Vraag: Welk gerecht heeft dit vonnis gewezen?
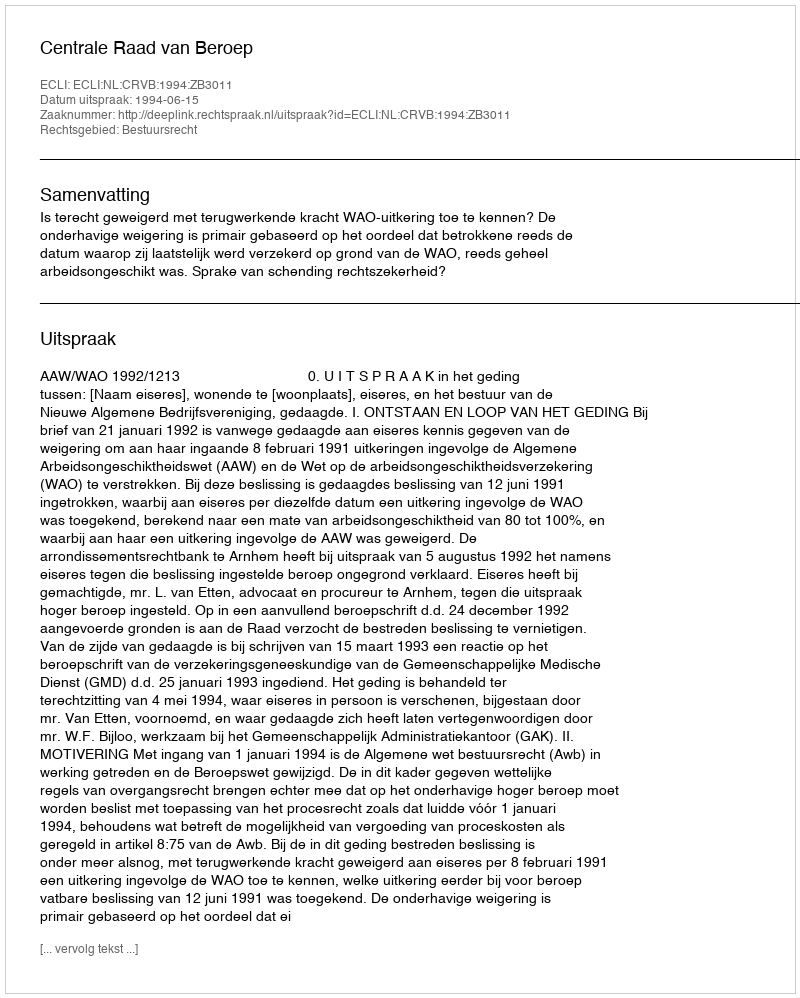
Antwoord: Centrale Raad van Beroep